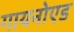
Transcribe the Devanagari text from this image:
गायनोएड